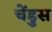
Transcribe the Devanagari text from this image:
चेंडुस